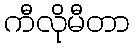
ကီလိုမီတာ